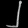
Digit: ၂